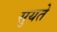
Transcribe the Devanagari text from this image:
सुयते